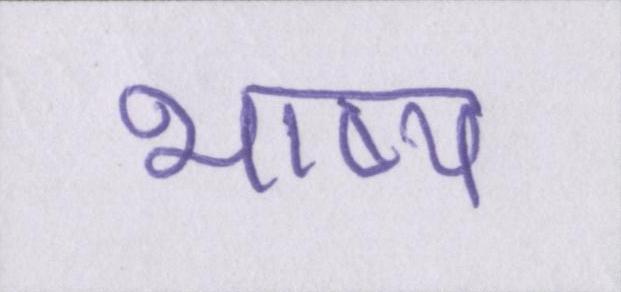
भाष्य